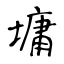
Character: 墉